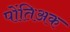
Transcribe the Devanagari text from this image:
पोंतिअक